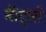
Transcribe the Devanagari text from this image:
बीट्लों